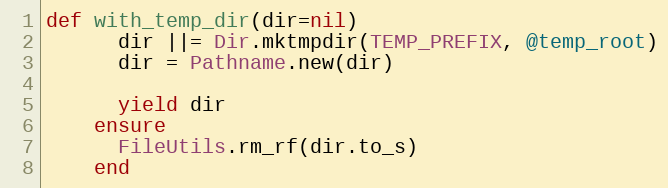
Language: Ruby
def with_temp_dir(dir=nil)
      dir ||= Dir.mktmpdir(TEMP_PREFIX, @temp_root)
      dir = Pathname.new(dir)

      yield dir
    ensure
      FileUtils.rm_rf(dir.to_s)
    end